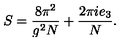
S = \frac { 8 \pi ^ { 2 } } { g ^ { 2 } N } + \frac { 2 \pi i e _ { 3 } } { N } .